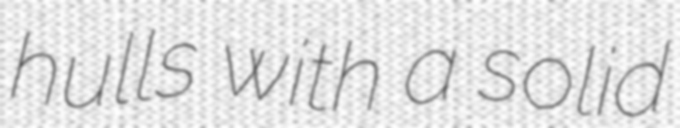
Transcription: hulls with a solid